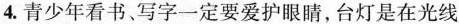
4. 青少年看书、写字一定要爱护眼睛，台灯是在光线